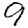
Digit: 9